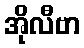
အိုလီဗာ